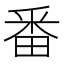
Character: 番